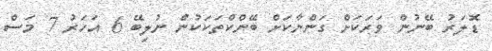
ޑޮލަރު ބޭނުން ވަރަކަށް ގަންނާކަށް ބޭންކްތަކަކުން ނުލިބޭ 6 އަހަރު 7 މަސް